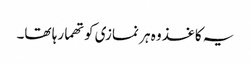
یہ کاغذ وہ ہر نمازی کو تھما رہا تھا۔